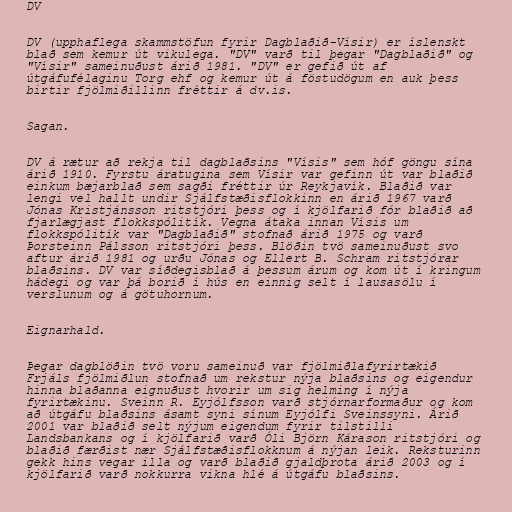
DV

DV (upphaflega skammstöfun fyrir Dagblaðið-Vísir) er íslenskt
blað sem kemur út vikulega. "DV" varð til þegar "Dagblaðið" og
"Vísir" sameinuðust árið 1981. "DV" er gefið út af
útgáfufélaginu Torg ehf og kemur út á föstudögum en auk þess
birtir fjölmiðillinn fréttir á dv.is.

Sagan.

DV á rætur að rekja til dagblaðsins "Vísis" sem hóf göngu sína
árið 1910. Fyrstu áratugina sem Vísir var gefinn út var blaðið
einkum bæjarblað sem sagði fréttir úr Reykjavík. Blaðið var
lengi vel hallt undir Sjálfstæðisflokkinn en árið 1967 varð
Jónas Kristjánsson ritstjóri þess og í kjölfarið fór blaðið að
fjarlægjast flokkspólitík. Vegna átaka innan Vísis um
flokkspólitík var "Dagblaðið" stofnað árið 1975 og varð
Þorsteinn Pálsson ritstjóri þess. Blöðin tvö sameinuðust svo
aftur árið 1981 og urðu Jónas og Ellert B. Schram ritstjórar
blaðsins. DV var síðdegisblað á þessum árum og kom út í kringum
hádegi og var þá borið í hús en einnig selt í lausasölu í
verslunum og á götuhornum.

Eignarhald.

Þegar dagblöðin tvö voru sameinuð var fjölmiðlafyrirtækið
Frjáls fjölmiðlun stofnað um rekstur nýja blaðsins og eigendur
hinna blaðanna eignuðust hvorir um sig helming í nýja
fyrirtækinu. Sveinn R. Eyjólfsson varð stjórnarformaður og kom
að útgáfu blaðsins ásamt syni sínum Eyjólfi Sveinssyni. Árið
2001 var blaðið selt nýjum eigendum fyrir tilstilli
Landsbankans og í kjölfarið varð Óli Björn Kárason ritstjóri og
blaðið færðist nær Sjálfstæðisflokknum á nýjan leik. Reksturinn
gekk hins vegar illa og varð blaðið gjaldþrota árið 2003 og í
kjölfarið varð nokkurra vikna hlé á útgáfu blaðsins.